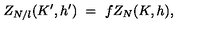
Z _ { N / l } ( K ^ { \prime } , h ^ { \prime } ) \ = \ f Z _ { N } ( K , h ) ,